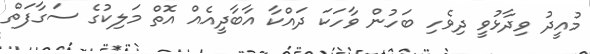
މުއީދު ވިދާޅުވީ ދިވެހި ބަހުން ވާހަކަ ދައްކާ އާބާދީއެއް އޮތް މަލިކުގެ ސަގާފަތް